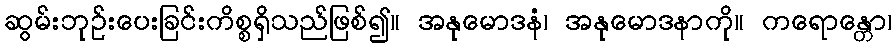
ဆွမ်းဘုဉ်းပေးခြင်းကိစ္စရှိသည်ဖြစ်၍။ အနုမောဒနံ၊ အနုမောဒနာကို။ ကရောန္တော၊